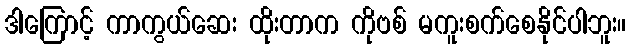
ဒါကြောင့် ကာကွယ်ဆေး ထိုးတာက ကိုဗစ် မကူးစက်စေနိုင်ပါဘူး။